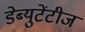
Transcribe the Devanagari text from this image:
डेब्युटेंटीज